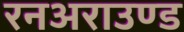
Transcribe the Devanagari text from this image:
रनअराउण्ड